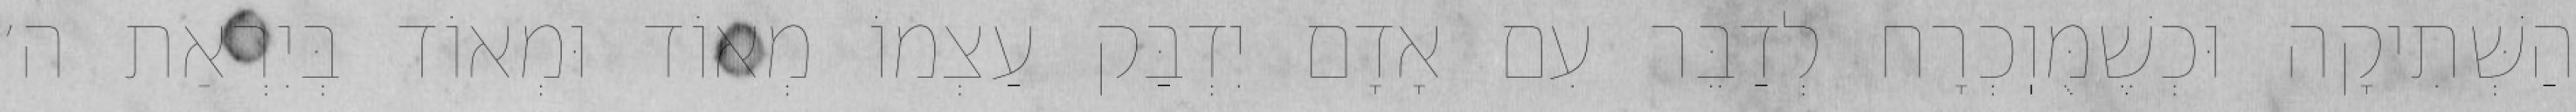
הַשְּׁתִיקָה וּכְשֶׁמֻּוֽכְרָח לְדַבֵּר עִם אָדָם יִדְבַּק עַצְמוֹ מְאוֹד וּמְאוֹד בְּיִרְאַת ה׳